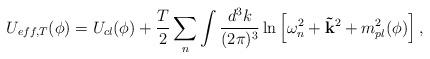
LaTeX: \begin{align*}U_{eff,T}(\phi)=U_{cl}(\phi)+\frac {T}{2}\sum_n\int \frac{d^3k}{(2\pi)^3}\ln \left[ \omega_n^2+{\bf \vec k}^2+m_{pl}^2(\phi)\right], \end{align*}